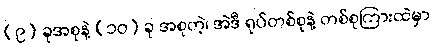
(၉) ခုအစုနဲ့ (၁၀) ခု အစုတဲ့၊ အဲဒီ ရုပ်တစ်စုနဲ့ တစ်စုကြားထဲမှာ